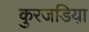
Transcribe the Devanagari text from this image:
कुरजडिया़